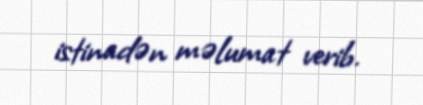
istinadən məlumat verib.